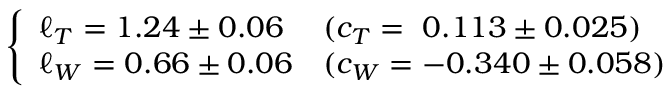
\left\{ \begin{array} { l l l } { { \ell _ { T } = 1 . 2 4 \pm 0 . 0 6 } } & { { ( c _ { T } = ~ 0 . 1 1 3 \pm 0 . 0 2 5 ) } } \\ { { \ell _ { W } = 0 . 6 6 \pm 0 . 0 6 } } & { { ( c _ { W } = - 0 . 3 4 0 \pm 0 . 0 5 8 ) } } \end{array} \right.